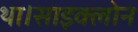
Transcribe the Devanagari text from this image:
था।साइक्लोन